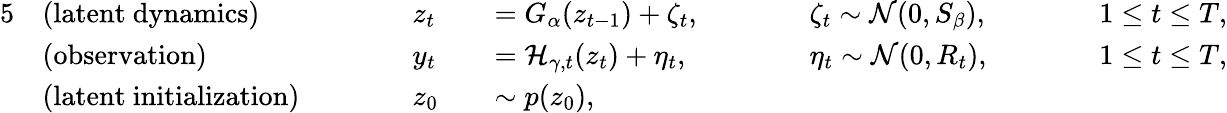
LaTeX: \begin{array}{rlrlrlrlrl}{{5}}&{\mathrm{(latent~dynamics)}}&&{\quad\quad z_{t}}&&{=G_{\alpha}(z_{t-1})+\zeta_{t},\quad\quad}&&{\zeta_{t}\sim\mathcal{N}(0,S_{\beta}),\quad\quad}&&{1\le t\le T,}\\ &{\mathrm{(observation)}}&&{\quad\quad y_{t}}&&{=\mathcal{H}_{\gamma,t}(z_{t})+\eta_{t},\quad\quad}&&{\eta_{t}\sim\mathcal{N}(0,R_{t}),\quad\quad}&&{1\le t\le T,}\\ &{\mathrm{(latent~initialization)}}&&{\quad\quad z_{0}}&&{\sim p(z_{0}),}\end{array}